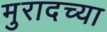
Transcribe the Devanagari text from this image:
मुरादच्या